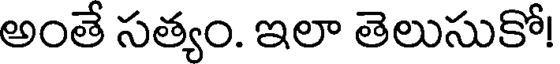
అంతే సత్యం. ఇలా తెలుసుకో!